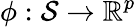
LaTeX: \phi:\mathcal{S}\rightarrow\mathbb{R}^{p}